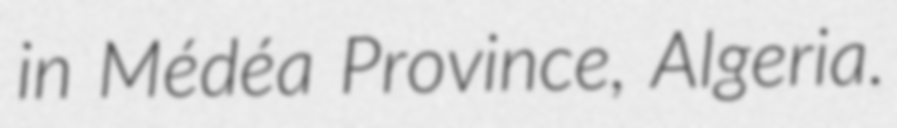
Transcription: in Médéa Province, Algeria.